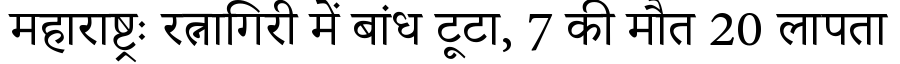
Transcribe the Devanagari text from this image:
महाराष्ट्रः रत्नागिरी में बांध टूटा, 7 की मौत 20 लापता